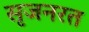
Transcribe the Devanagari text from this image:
सृजनरत